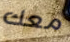
معك